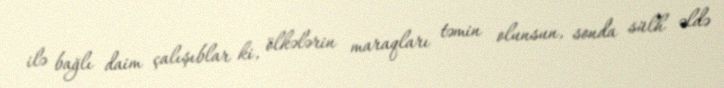
ilə bağlı daim çalışıblar ki, ölkələrin maraqları təmin olunsun, sonda sülh əldə